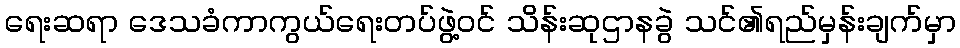
ရေးဆရာ ဒေသခံကာကွယ်ရေးတပ်ဖွဲ့ဝင် သိန်းဆုဌာနခွဲ သင်၏ရည်မှန်းချက်မှာ